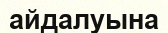
айдалуына